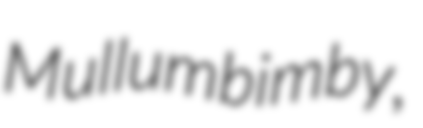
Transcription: Mullumbimby,